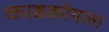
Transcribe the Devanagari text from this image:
काष्ठकोयला